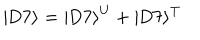
LaTeX: | \mathrm { D } 7 \rangle = | \mathrm { D } 7 \rangle ^ { \mathrm { U } } + | \mathrm { D } 7 \rangle ^ { \mathrm { T } }